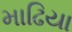
માઢિયા